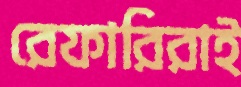
রেফারিরাই